Report of the Indian Hemp Drugs Commission, 1894-1895 - Volume IV
Year: 1894
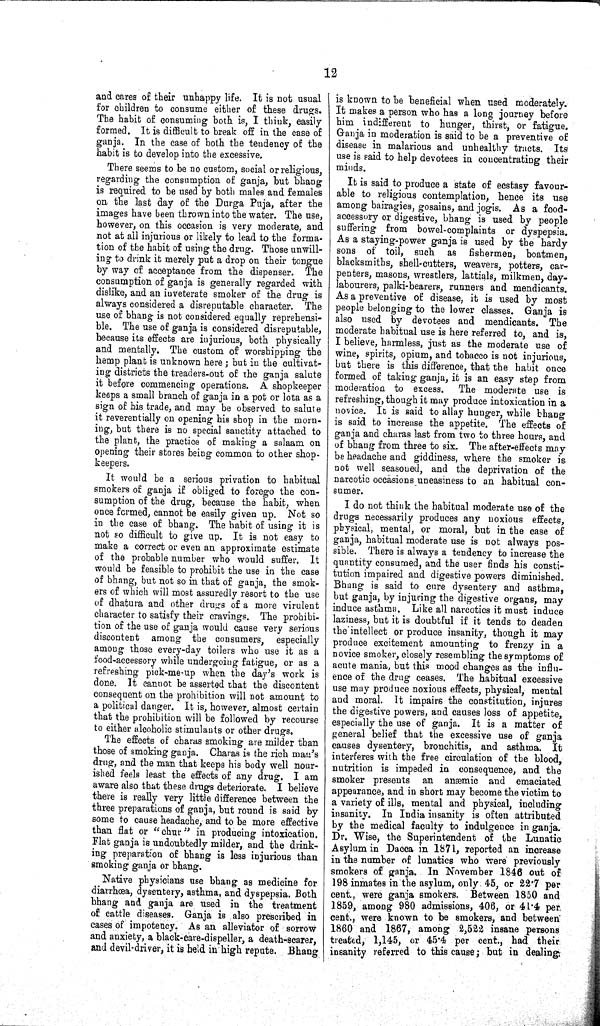
12
and cares of their unhappy life. It is not usual
for children to consume either of these drugs.
The habit of consuming both is, I think, easily
formed. It is difficult to break off in the case of
ganja. In the case of both the tendency of the
habit is to develop into the excessive.
There seems to be no custom, social or religious,
regarding the consumption of ganja, but bhang
is required to be used by both males and females
on the last day of the Durga Puja, after the
images have been thrown into the water. The use,
however, on this occasion is very moderate, and
not at all injurious or likely to lead to the forma-
tion of the habit of using the drug. Those unwill-
ing to drink it merely put a drop on their tongue
by way of acceptance from the dispenser. The
consumption of ganja is generally regarded with
dislike, and an inveterate smoker of the drug is
always considered a disreputable character. The
use of bhang is not considered equally reprehensi-
ble. The use of ganja is considered disreputable,
because its effects are injurious, both physically
and mentally. The custom of worshipping the
hemp plant is unknown here; but in the cultivat-
ing districts the treaders-out of the ganja salute
it before commencing operations. A shopkeeper
keeps a small branch of ganja in a pot or lota as a
sign of his trade, and may be observed to salute
it reverentially on opening his shop in the morn-
ing, but there is no special sanctity attached to
the plant, the practice of making a salaam on
opening their stores being common to other shop-
keepers.
It would be a serious privation to habitual
smokers of ganja if obliged to forego the con-
sumption of the drug, because the habit, when
once formed, cannot be easily given up. Not so
in the case of bhang. The habit of using it is
not so difficult to give up. It is not easy to
make a correct or even an approximate estimate
of the probable number who would suffer. It
would be feasible to prohibit the use in the case
of bhang, but not so in that of ganja, the smok-
ers of which will most assuredly resort to the use
of dhatura and other drugs of a more virulent
character to satisfy their cravings. The prohibi-
tion of the use of ganja would cause very serious
discontent among the consumers, especially
among those every-day toilers who use it as a
food-accessory while undergoing fatigue, or as a
refreshing pick-me-up when the day's work is
done. It cannot be asserted that the discontent
consequent on the prohibition will not amount to
a political danger. It is, however, almost certain
that the prohibition will be followed by recourse
to either alcoholic stimulants or other drugs.
The effects of charas smoking are milder than
those of smoking ganja. Charas is the rich man's
drug, and the man that keeps his body well nour-
ished feels least the effects of any drug. I am
aware also that these drugs deteriorate. I believe
there is really very little difference between the
three preparations of ganja, but round is said by
some to cause headache, and to be more effective
than flat or "chur" in producing intoxication.
Flat ganja is undoubtedly milder, and the drink-
ing preparation of bhang is less injurious than
smoking ganja or bhang.
Native physicians use bhang as medicine for
diarrhœa, dysentery, asthma, and dyspepsia. Both
bhang and ganja are used in the treatment
of cattle diseases. Ganja is also prescribed in
cases of impotency. As an alleviator of sorrow
and anxiety, a black-care-dispeller, a death-scarer,
and devil-driver, it is held in high repute. Bhang
is known to be beneficial when used moderately.
It makes a person who has a long journey before
him indifferent to hunger, thirst, or fatigue.
Ganja in moderation is said to be a preventive of
disease in malarious and unhealthy tracts. Its
use is said to help devotees in concentrating their
minds.
It is said to produce a state of ecstasy favour-
able to religious contemplation, hence its use
among bairagies, gosains, and jogis. As a food-
accessory or digestive, bhang is used by people
suffering from bowel-complaints or dyspepsia.
As a staying-power ganja is used by the hardy
sons of toil, such as fishermen, boatmen,
blacksmiths, shell-cutters, weavers, potters, car-
penters, masons, wrestlers, lattials, milkmen, day-
labourers, palki-bearers, runners and mendicants.
As a preventive of disease, it is used by most
people belonging to the lower classes. Ganja is
also used by devotees and mendicants. The
moderate habitual use is here referred to, and is,
I believe, harmless, just as the moderate use of
wine, spirits, opium, and tobacco is not injurious,
but there is this difference, that the habit once
formed of taking ganja, it is an easy step from
moderation to excess. The moderate use is
refreshing, though it may produce intoxication in a
novice. It is said to allay hunger, while bhang
is said to increase the appetite. The effects of
ganja and charas last from two to three hours, and
of bhang from three to six. The after-effects may
be headache and giddiness, where the smoker is
not well seasoned, and the deprivation of the
narcotic occasions uneasiness to an habitual con-
sumer.
I do not think the habitual moderate use of the
drugs necessarily produces any noxious effects,
physical, mental, or moral, but in the case of
ganja, habitual moderate use is not always pos-
sible. There is always a tendency to increase the
quantity consumed, and the user finds his consti-
tution impaired and digestive powers diminished.
Bhang is said to cure dysentery and asthma,
but ganja, by injuring the digestive organs, may
induce asthma. Like all narcotics it must induce
laziness, but it is doubtful if it tends to deaden
the intellect or produce insanity, though it may
produce excitement amounting to frenzy in a
novice smoker, closely resembling the symptoms of
acute mania, but this mood changes as the influ-
ence of the drug ceases. The habitual excessive
use may produce noxious effects, physical, mental
and moral. It impairs the constitution, injures
the digestive powers, and causes loss of appetite,
especially the use of ganja. It is a matter of
general belief that the excessive use of ganja
causes dysentery, bronchitis, and asthma. It
interferes with the free circulation of the blood,
nutrition is impeded in consequence, and the
smoker presents an anæmic and emaciated
appearance, and in short may become the victim to
a variety of ills, mental and physical, including
insanity. In India insanity is often attributed
by the medical faculty to indulgence in ganja.
Dr. Wise, the Superintendent of the Lunatic
Asylum in Dacca in 1871, reported an increase
in the number of lunatics who were previously
smokers of ganja. In November 1846 out of
198 inmates in the asylum, only 45, or 22·7 per
cent., were ganja smokers. Between 1850 and
1859, among 980 admissions, 406, or 41·4 per
cent., were known to be smokers, and between
1860 and 1867, among 2,522 insane persons
treated, 1,145, or 45·4 per cent., had their
insanity referred to this cause; but in dealing